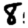
Digit: 8